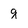
Character: g